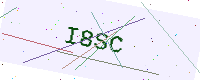
Text: I8SC